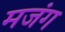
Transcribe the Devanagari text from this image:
मजंग